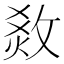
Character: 𤉧